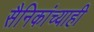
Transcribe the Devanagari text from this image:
सैनिकांच्याही